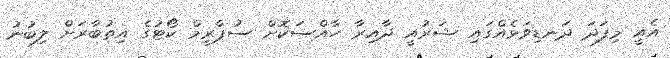
އެއީ މިފަދަ ދަނޑިވަޅެއްގައި ޝަރުއީ ދާއިރާ ހާއްސަކޮށް ސުޕްރީމް ކޯޓުގެ އިތުބާރަށް ލިބުނު